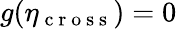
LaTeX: g(\eta_{\mathrm{~c~r~o~s~s~}})=0